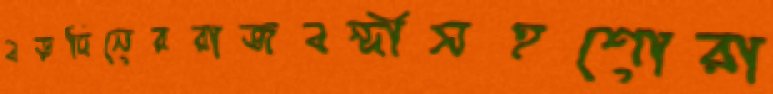
বড়দিনেররাজবন্দীসহশোরা